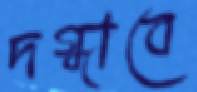
দগ্ধাবে